Report of the Lahore Medical School Hospital
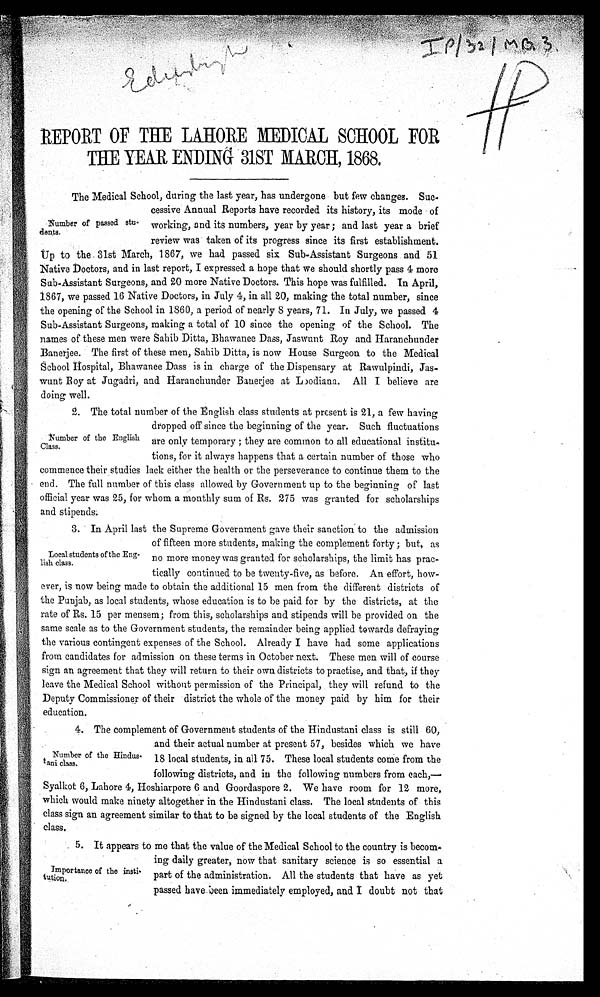
I P / 3 2 / M B . 3
REPORT OF THE LAHORE MEDICAL SCHOOL FOR
THE YEAR ENDING 31ST MARCH, 1868.
The Medical School, during the last year, has undergone but few changes. Su
c¬cessive Annual Reports have recorded its history, its mode of
working, and its numbers, year by year ; and last year a brief
review was taken of its progress since its first establishment.
U p t o t h e 3 1 s t M a r c h , 1 8 6 7 , w e h a d p a s s e d s i x S u b - A s s i s t a n t S u r g e o n s a n d 5 1
Native Doctors, and in last report, I expressed a hope that we should shortly pass 4 more
Sub-Assistant Surgeons, and 20 more Native Doctors. This hope was fulfilled. In April,
1867, we passed 16 Native Doctors, in July 4, in all 20, making the total number, since
the opening of the School in 1860, a period of nearly 8 years, 71. In July, we passed 4
Sub-Assistant Surgeons, making a total of 10 since the opening of the School. The
names of these men were Sahib Ditta, Bhawanee Dass, Jaswunt Roy and Haranchunder
B a n e r j e e . T h e f i r s t o f t h e s e m e n , S a h i b D i t t a , i s n o w H o u s e S u r g e o n t o t h e M e d i c a l
School Hospital, Bhawanee Dass is in charge of the Dispensary at Rawulpindi, Jas-
wunt Roy at Jugadri, and Haranchunder Bauerjee at Loodiana. All I believe are
doing well.
2. The total number of the English class students at present is 21, a few having
dropped off since the beginning of the year. Such fluctuations
are only temporary ; they are common to all educational institu
¬tions, for it always happens that a certain number of those who
commence their studies lack either the health or the perseverance to continue them to the
end. The full number of this class allowed by Government up to the beginning of last
official year was 25, for whom a monthly sum of Rs. 275 was granted for scholarships
and stipends.
3. In April last the Supreme Government gave their sanction to the admission
of fifteen more students, making the complement forty ; but, as
no more money was granted for scholarships, the limit has prac-
tically continued to be twenty-five, as before. An effort, how-
ever, is now being made to obtain the additional 15 men from the different districts of
the Punjab, as local students, whose education is to be paid for by the districts, at the
rate of Rs. 15 per mensem; from this, scholarships and stipends will be provided on the
same scale as to the Government students, the remainder being applied towards defraying
the various contingent expenses of the School. Already I have had some applications
from candidates for admission on these terms in October next. These men will of course
sign an agreement that they will return to their own districts to practise, and that, if they
leave the Medical School without permission of the Principal, they will refund to the
Deputy Commissioner of their district the whole of the money paid by him for their
education.
4. The complement of Government students of the Hindustani class is still 60,
and their actual number at present 57, besides which we have
18 local students, in all 75. These local students come from the
following districts, and in the following numbers from each,—
Syalkot 6, Lahore 4, Hoshiarpore 6 and Goordaspore 2. We have room for 12 more,
which would make ninety altogether in the Hindustani class. The local students of this
class sign an agreement similar to that to be signed by the local students of the English
class.
5. It appears to me that the value of the Medical School to the country is becom
¬ing daily greater, now that sanitary science is so essential a
part of the administration. All the students that have as yet
passed have been immediately employed, and 1 doubt not that
Number of passed stu-
dents.
Number of the English
Class.
Local students of the Eng-
lish class.
Number of the Hindus
¬tani class.
Importance of the insti-
tution.